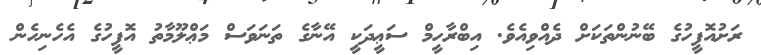
ރަށުއޮފީހުގެ ބޭނުންތަކަށް ދެއްވިއެވެ. އިބްރާހީމް ސަޢީދަކީ އޭނާގެ ތަނަވަސް މަޢްލޫމާތު އޮފީހުގެ އެހެނިހެން